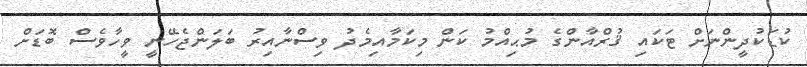
ކުޑަކުދީންނަށް ޓަކައި ޤުރްއާންގެ މުޙިއްމު ކަން މިކަމާއިމެދު ވިސްނާއިރު ބަލަންޖެހޭނީ ވީހާވެސް ބޮޑަށް